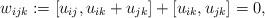
\begin{gather*}w_{ijk} := [u_{ij},u_{ik}+u_{jk}]+[u_{ik},u_{jk}]=0 ,\end{gather*}